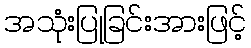
အသုံးပြုခြင်းအားဖြင့်